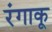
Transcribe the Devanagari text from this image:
रंगाकू